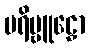
ပရိဗ္ဗူဠှော